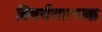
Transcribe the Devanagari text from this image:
विषर्ययात्मक